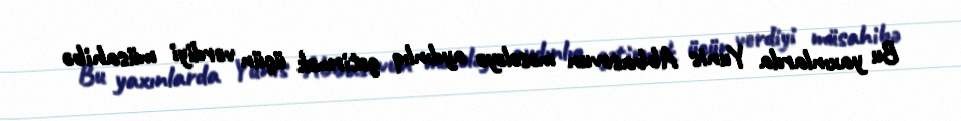
Bu yaxınlarda Yunis Abbasovun məsələyə aydınlıq gətirmək üçün verdiyi müsahibə